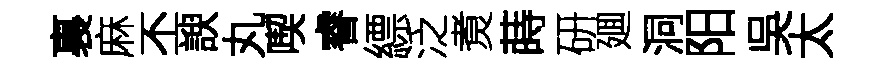
裏麻丕諛丸喫睿縹泛煑蒔研廽洞阳吳太